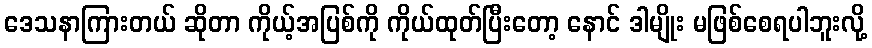
ဒေသနာကြားတယ် ဆိုတာ ကိုယ့်အပြစ်ကို ကိုယ်ထုတ်ပြီးတော့ နောင် ဒါမျိုး မဖြစ်စေရပါဘူးလို့